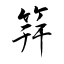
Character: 筓